Indian journal of veterinary science and animal husbandry - Volume 10,
Year: 1940
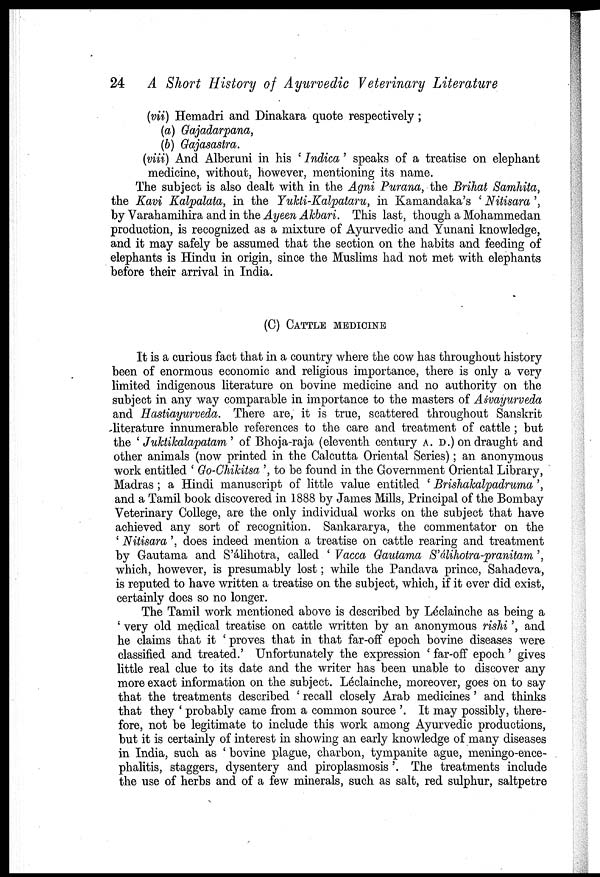
24 A Short History of Ayurvedic Veterinary Literature
(vii) Hemadri and Dinakara quote respectively;
(a) Gajadarpana,
(b) Gajasastra.
(viii) And Alberuni in his ' Indica' speaks of a treatise on elephant
medicine, without, however, mentioning its name.
The subject is also dealt with in the Agni Purana, the Brihat Samhita,
the Kavi Kalpalata, in the Yukti-Kalpataru, in Kamandaka's ' Nitisara',
by Varahamihira and in the Ayeen Akbari. This last, though a Mohammedan
production, is recognized as a mixture of Ayurvedic and Yunani knowledge,
and it may safely be assumed that the section on the habits and feeding of
elephants is Hindu in origin, since the Muslims had not met with elephants
before their arrival in India.
(C) CATTLE MEDICINE
It is a curious fact that in a country where the cow has throughout history
been of enormous economic and religious importance, there is only a very
limited indigenous literature on bovine medicine and no authority on the
subject in any way comparable in importance to the masters of Aśvayurveda
and Hastiayurveda. There are, it is true, scattered throughout Sanskrit
literature innumerable references to the care and treatment of cattle ; but
the ' Juktikalapatam ' of Bhoja-raja (eleventh century A. D.) on draught and
other animals (now printed in the Calcutta Oriental Series); an anonymous
work entitled ' Go-Chikitsa ', to be found in the Government Oriental Library,
Madras ; a Hindi manuscript of little value entitled ' Brishakalpadruma ',
and a Tamil book discovered in 1888 by James Mills, Principal of the Bombay
Veterinary College, are the only individual works on the subject that have
achieved any sort of recognition. Sankararya, the commentator on the
' Nitisara', does indeed mention a treatise on cattle rearing and treatment
by Gautama and S'álihotra, called ' Vacca Gautama S'álihotra-pranitam ',
which, however, is presumably lost; while the Pandava prince, Sahadeva,
is reputed to have written a treatise on the subject, which, if it ever did exist,
certainly does so no longer.
The Tamil work mentioned above is described by Léclainche as being a
' very old medical treatise on cattle written by an anonymous rishi', and
he claims that it ' proves that in that far-off epoch bovine diseases were
classified and treated.' Unfortunately the expression ' far-off epoch ' gives
little real clue to its date and the writer has been unable to discover any
more exact information on the subject. Léclainche, moreover, goes on to say
that the treatments described ' recall closely Arab medicines ' and thinks
that they ' probably came from a common source '. It may possibly, there
fore, not be legitimate to include this work among Ayurvedic productions,
but it is certainly of interest in showing an early knowledge of many diseases
in India, such as ' bovine plague, charbon, tympanite ague, meningo-ence¬
phalitis, staggers, dysentery and piroplasmosis '. The treatments include
the use of herbs and of a few minerals, such as salt, red sulphur, saltpetre